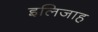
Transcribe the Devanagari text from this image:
इलिजाह